Eliaser,_Agnia_(Rutt)_ja_Elga, lk 46
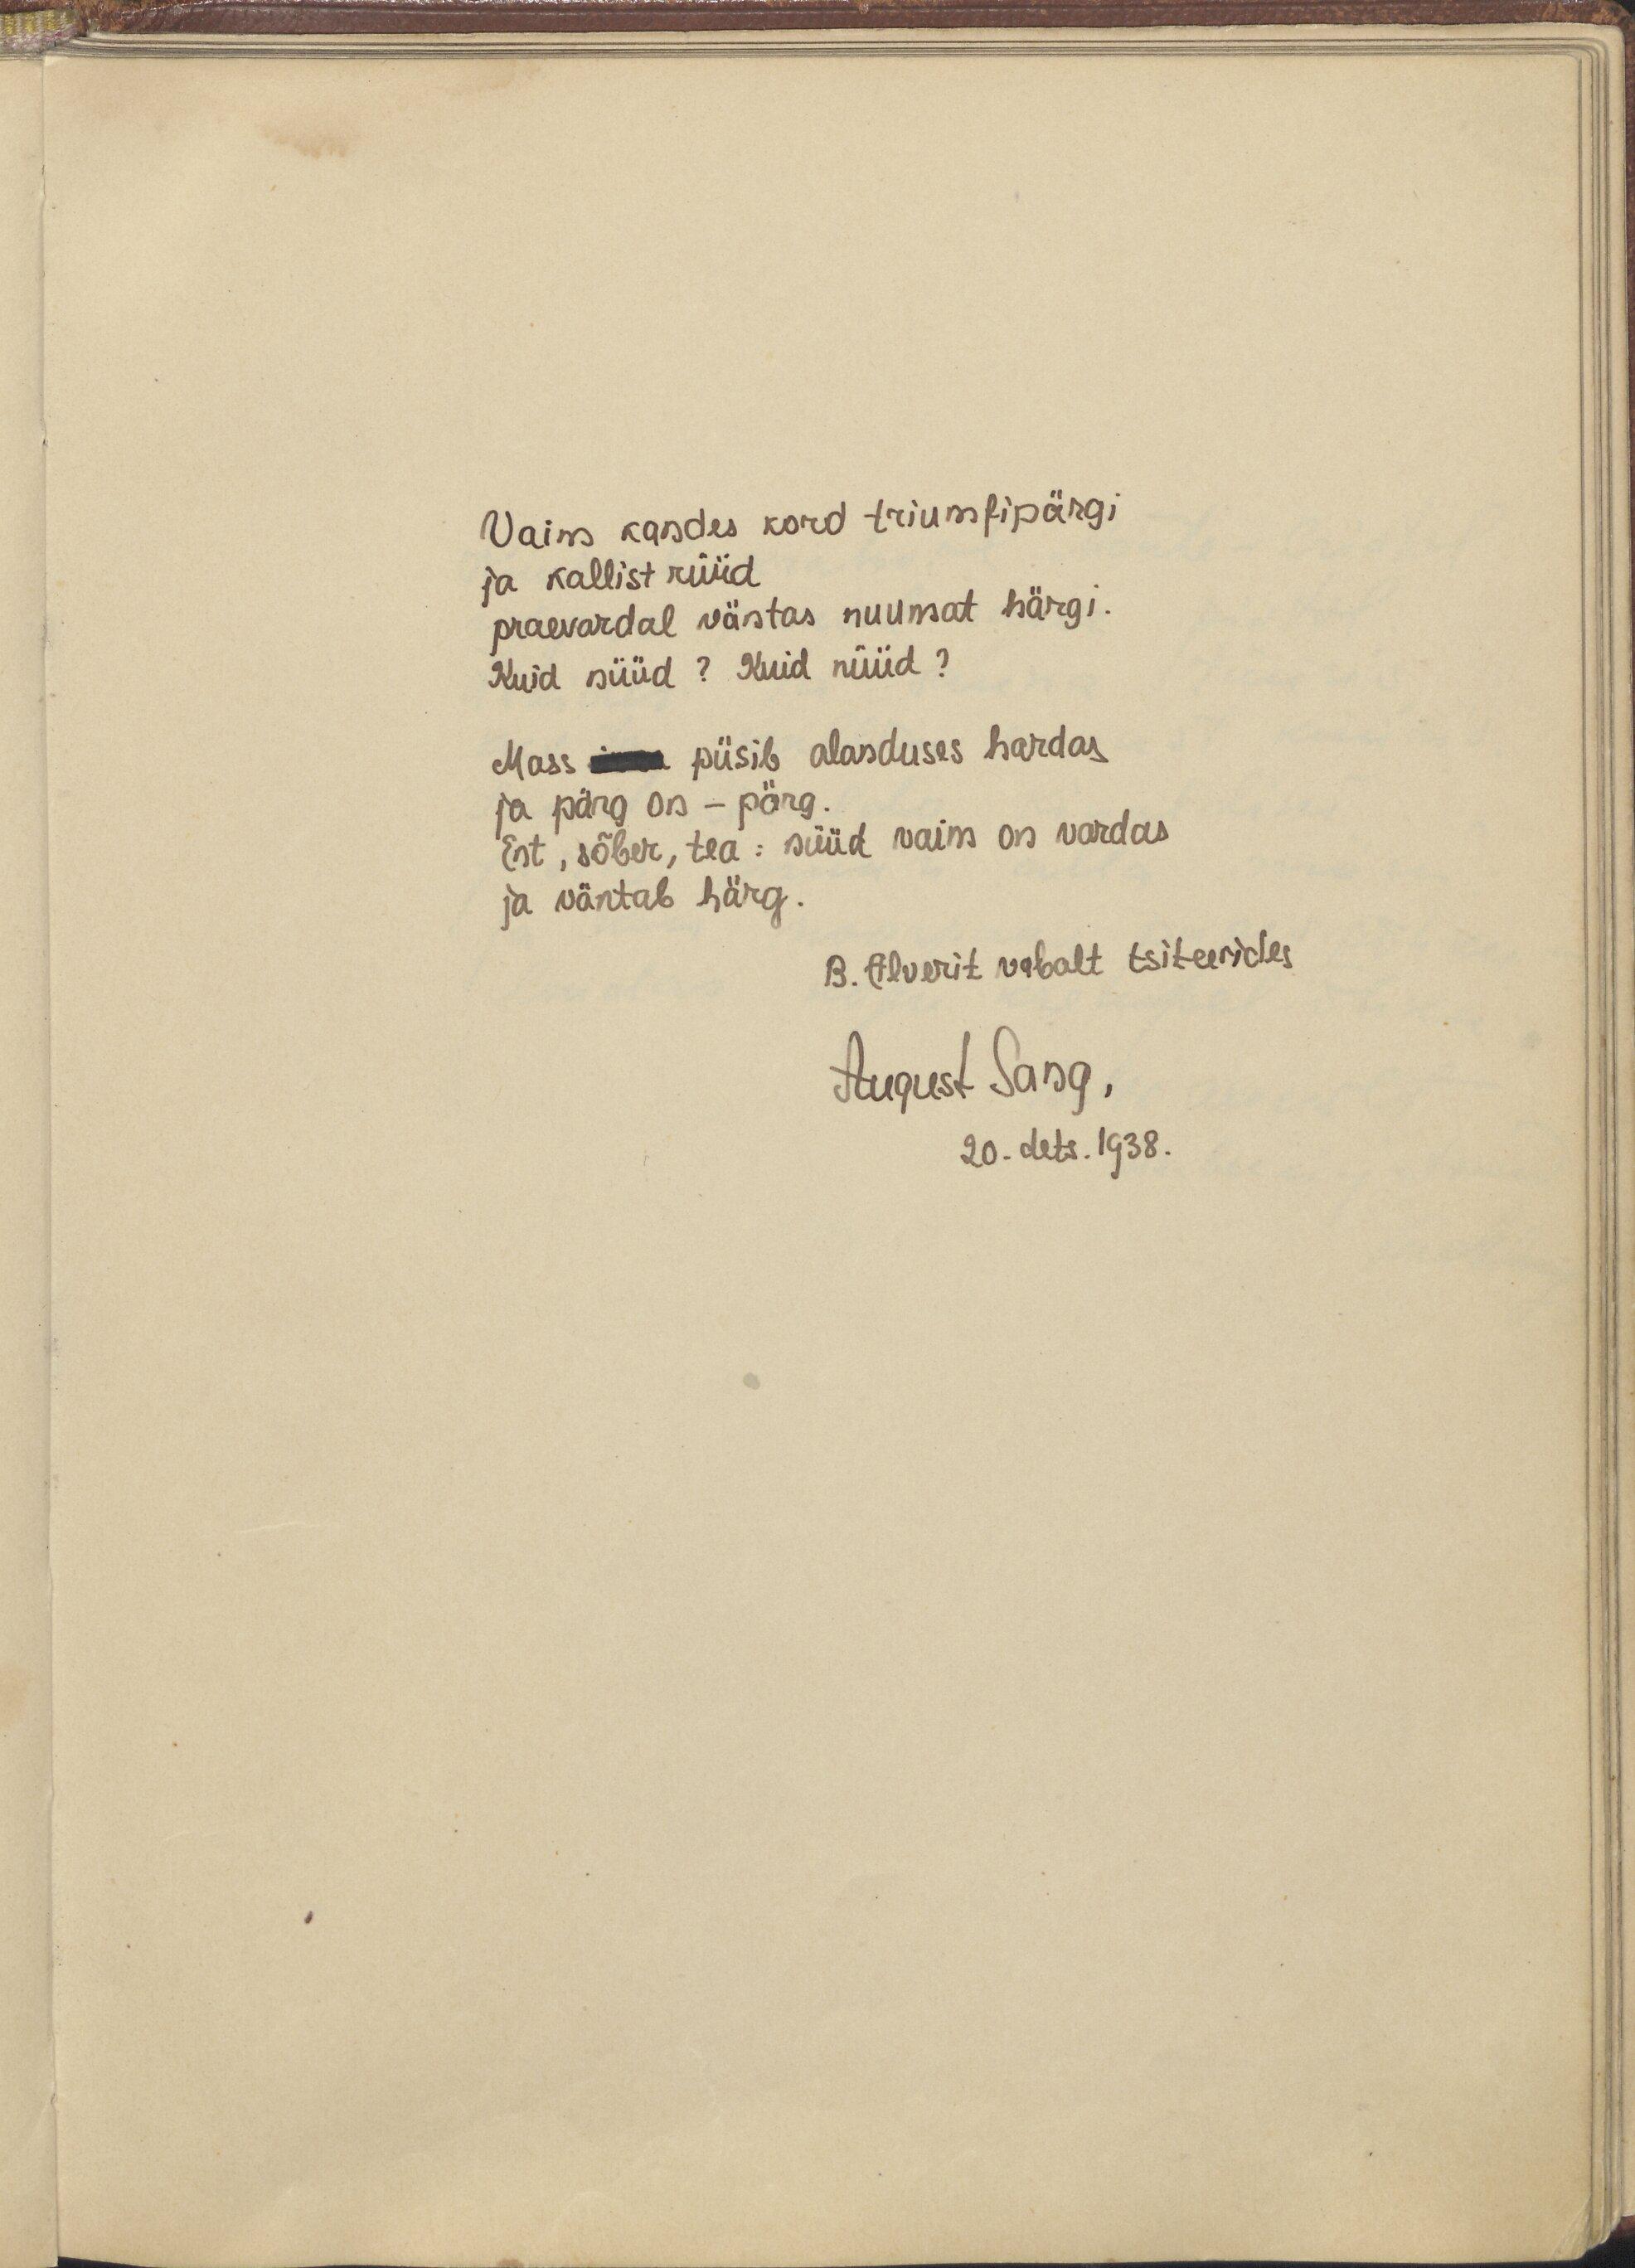
Vaim kandes kord triumfipärgi
ja kallist rüüd
praevardal väntas nuumat härgi.
Kuid nüüd? Kuid nüüd?
Mass ilma püsib alanduses hardas
ja pärg on - pärg.
Ent, sõber, tea : nüüd vaim on vardas
ja väntab härg.
B. Alverit vabalt tsiteerides
August Sang,
20.dets.1938.